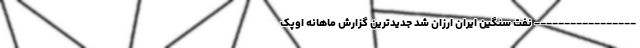
----------------- نفت سنگین ایران ارزان شد جدیدترین گزارش ماهانه اوپک